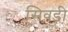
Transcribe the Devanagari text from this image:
सिवड़ी